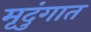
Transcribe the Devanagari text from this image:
मृदुंगात